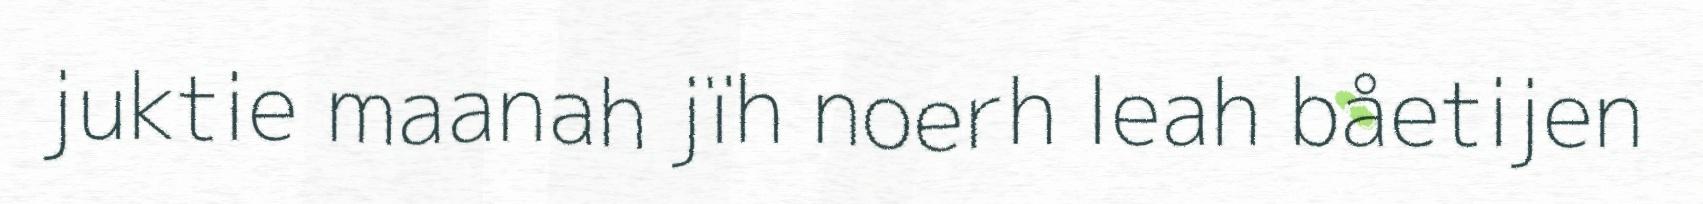
juktie maanah jïh noerh leah båetijen